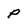
Character: P